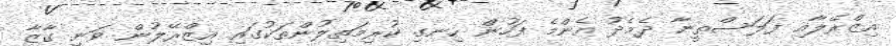
އިޒްރޭލާއި ފަލަސްތީނާ ދެމެދު އެންމެ ފަހުން ހިނގި ކުރިމަތިލުންތަކުގައި އިޒްރޭލުން ވަނީ ގާޒާ